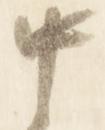
中